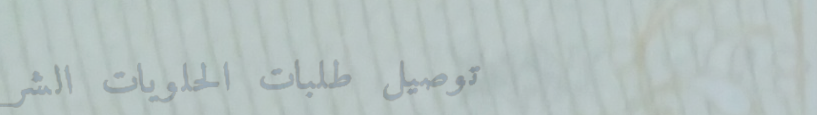
توصيل طلبات الحلويات الشر